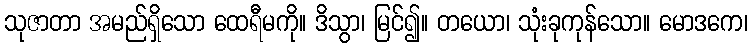
သုဇာတာ အမည်ရှိသော ထေရီမကို။ ဒိသွာ၊ မြင်၍။ တယော၊ သုံးခုကုန်သော။ မောဒကေ၊